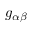
{ g } _ { \alpha \beta }